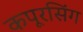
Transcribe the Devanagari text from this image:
कपूरसिंग